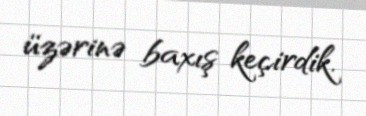
üzərinə baxış keçirdik.